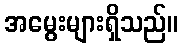
အမွေးများရှိသည်။